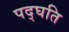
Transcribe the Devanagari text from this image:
पद्घति